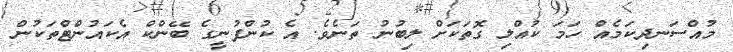
މުއްސަނދިކަމެއް ހަމަ ކުއްލި ގޮތަކަށް ލިބުނު ތަނެވެ. އެ ކުންފުނީގެ ބޭންކް އެކައުންޓްތަކުން